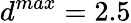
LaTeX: d^{max}=2.5